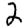
Digit: 2